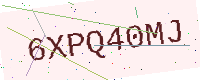
Text: 6XPQ40MJ